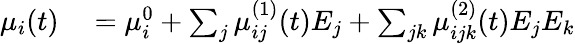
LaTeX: \begin{array}{rl}{\mu_{i}(t)}&{{}=\mu_{i}^{0}+\sum_{j}\mu_{ij}^{(1)}(t)E_{j}+\sum_{jk}\mu_{ijk}^{(2)}(t)E_{j}E_{k}}\end{array}